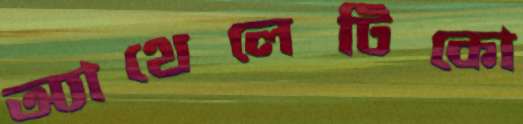
অ্যাথেলেটিকো